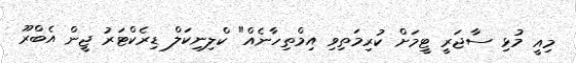
މިއީ މުޅި ސާޖަރީ ޓީމަށް ކުރިމަތިވި އިމްތިހާނެއް" ކްލިނިކަލް ޑިރެކްޓަރު ޖީން އެބްރޫ